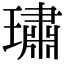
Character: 璛